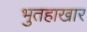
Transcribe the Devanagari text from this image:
भुतहाखार